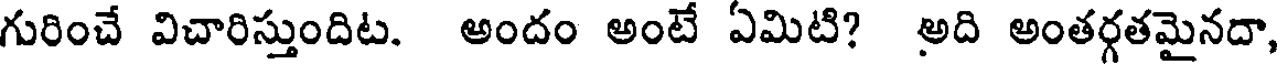
గురించే విచారిస్తుందిట. అందం అంటే ఏమిటి? అది అంతర్గతమైనదా,